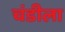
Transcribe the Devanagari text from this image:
चंडीला